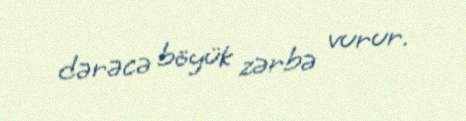
dərəcə böyük zərbə vurur.